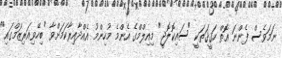
ނަމަވެސް ފެންނަ އޮތް ހަޤީޤަތަކީ "ސައިކޮލޮޖީ" މިއިލްމްގެ އެންމެ މުހިންމު އެއްދާއިރާކަމަށްވާ "ބިހޭވިއަރިޒަމްގައި"